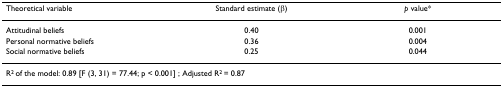
| Theoretical variable | Standard estimate (β) | p value* |
 | --- | --- | --- |
 | Attitudinal beliefs | 0.40 | 0.001 |
 | Personal normative beliefs | 0.36 | 0.004 |
 | Social normative beliefs | 0.25 | 0.044 |
 | <COLSPAN=3> R2 of the model: 0.89 [F (3, 31) = 77.44; p < 0.001] ; Adjusted R2 = 0.87 |